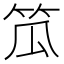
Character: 笟